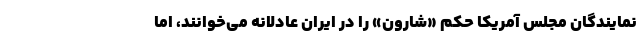
نمایندگان مجلس آمریکا حکم «شارون» را در ایران عادلانه می‌خوانند، اما